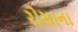
રોસાના